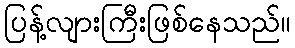
ပြန့်လျားကြီးဖြစ်နေသည်။